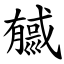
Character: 㦽